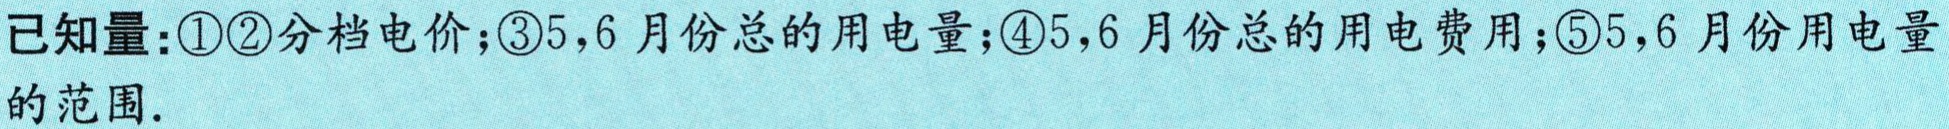
已知量:\textcircled{1}\textcircled{2}分档电价;\textcircled{3}5,6月份总的用电量;\textcircled{4}5,6月份总的用电费用;\textcircled{5}5,6月份用电量的范围.